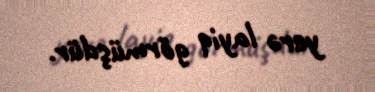
yerə layiq görmüşdür.